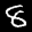
Label: 8